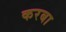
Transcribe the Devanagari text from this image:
करबा